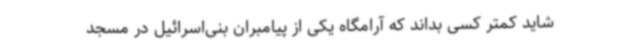
شاید کمتر کسی بداند که آرامگاه یکی از پیامبران بنی‌اسرائیل در مسجد